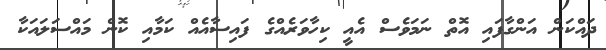
ދައްކަން އަންގާފައި އޮތް ނަމަވެސް އެއީ ކިހާވަރެއްގެ ފައިސާއެއް ކަމާއި ކޮން މައްސަލައަކާ